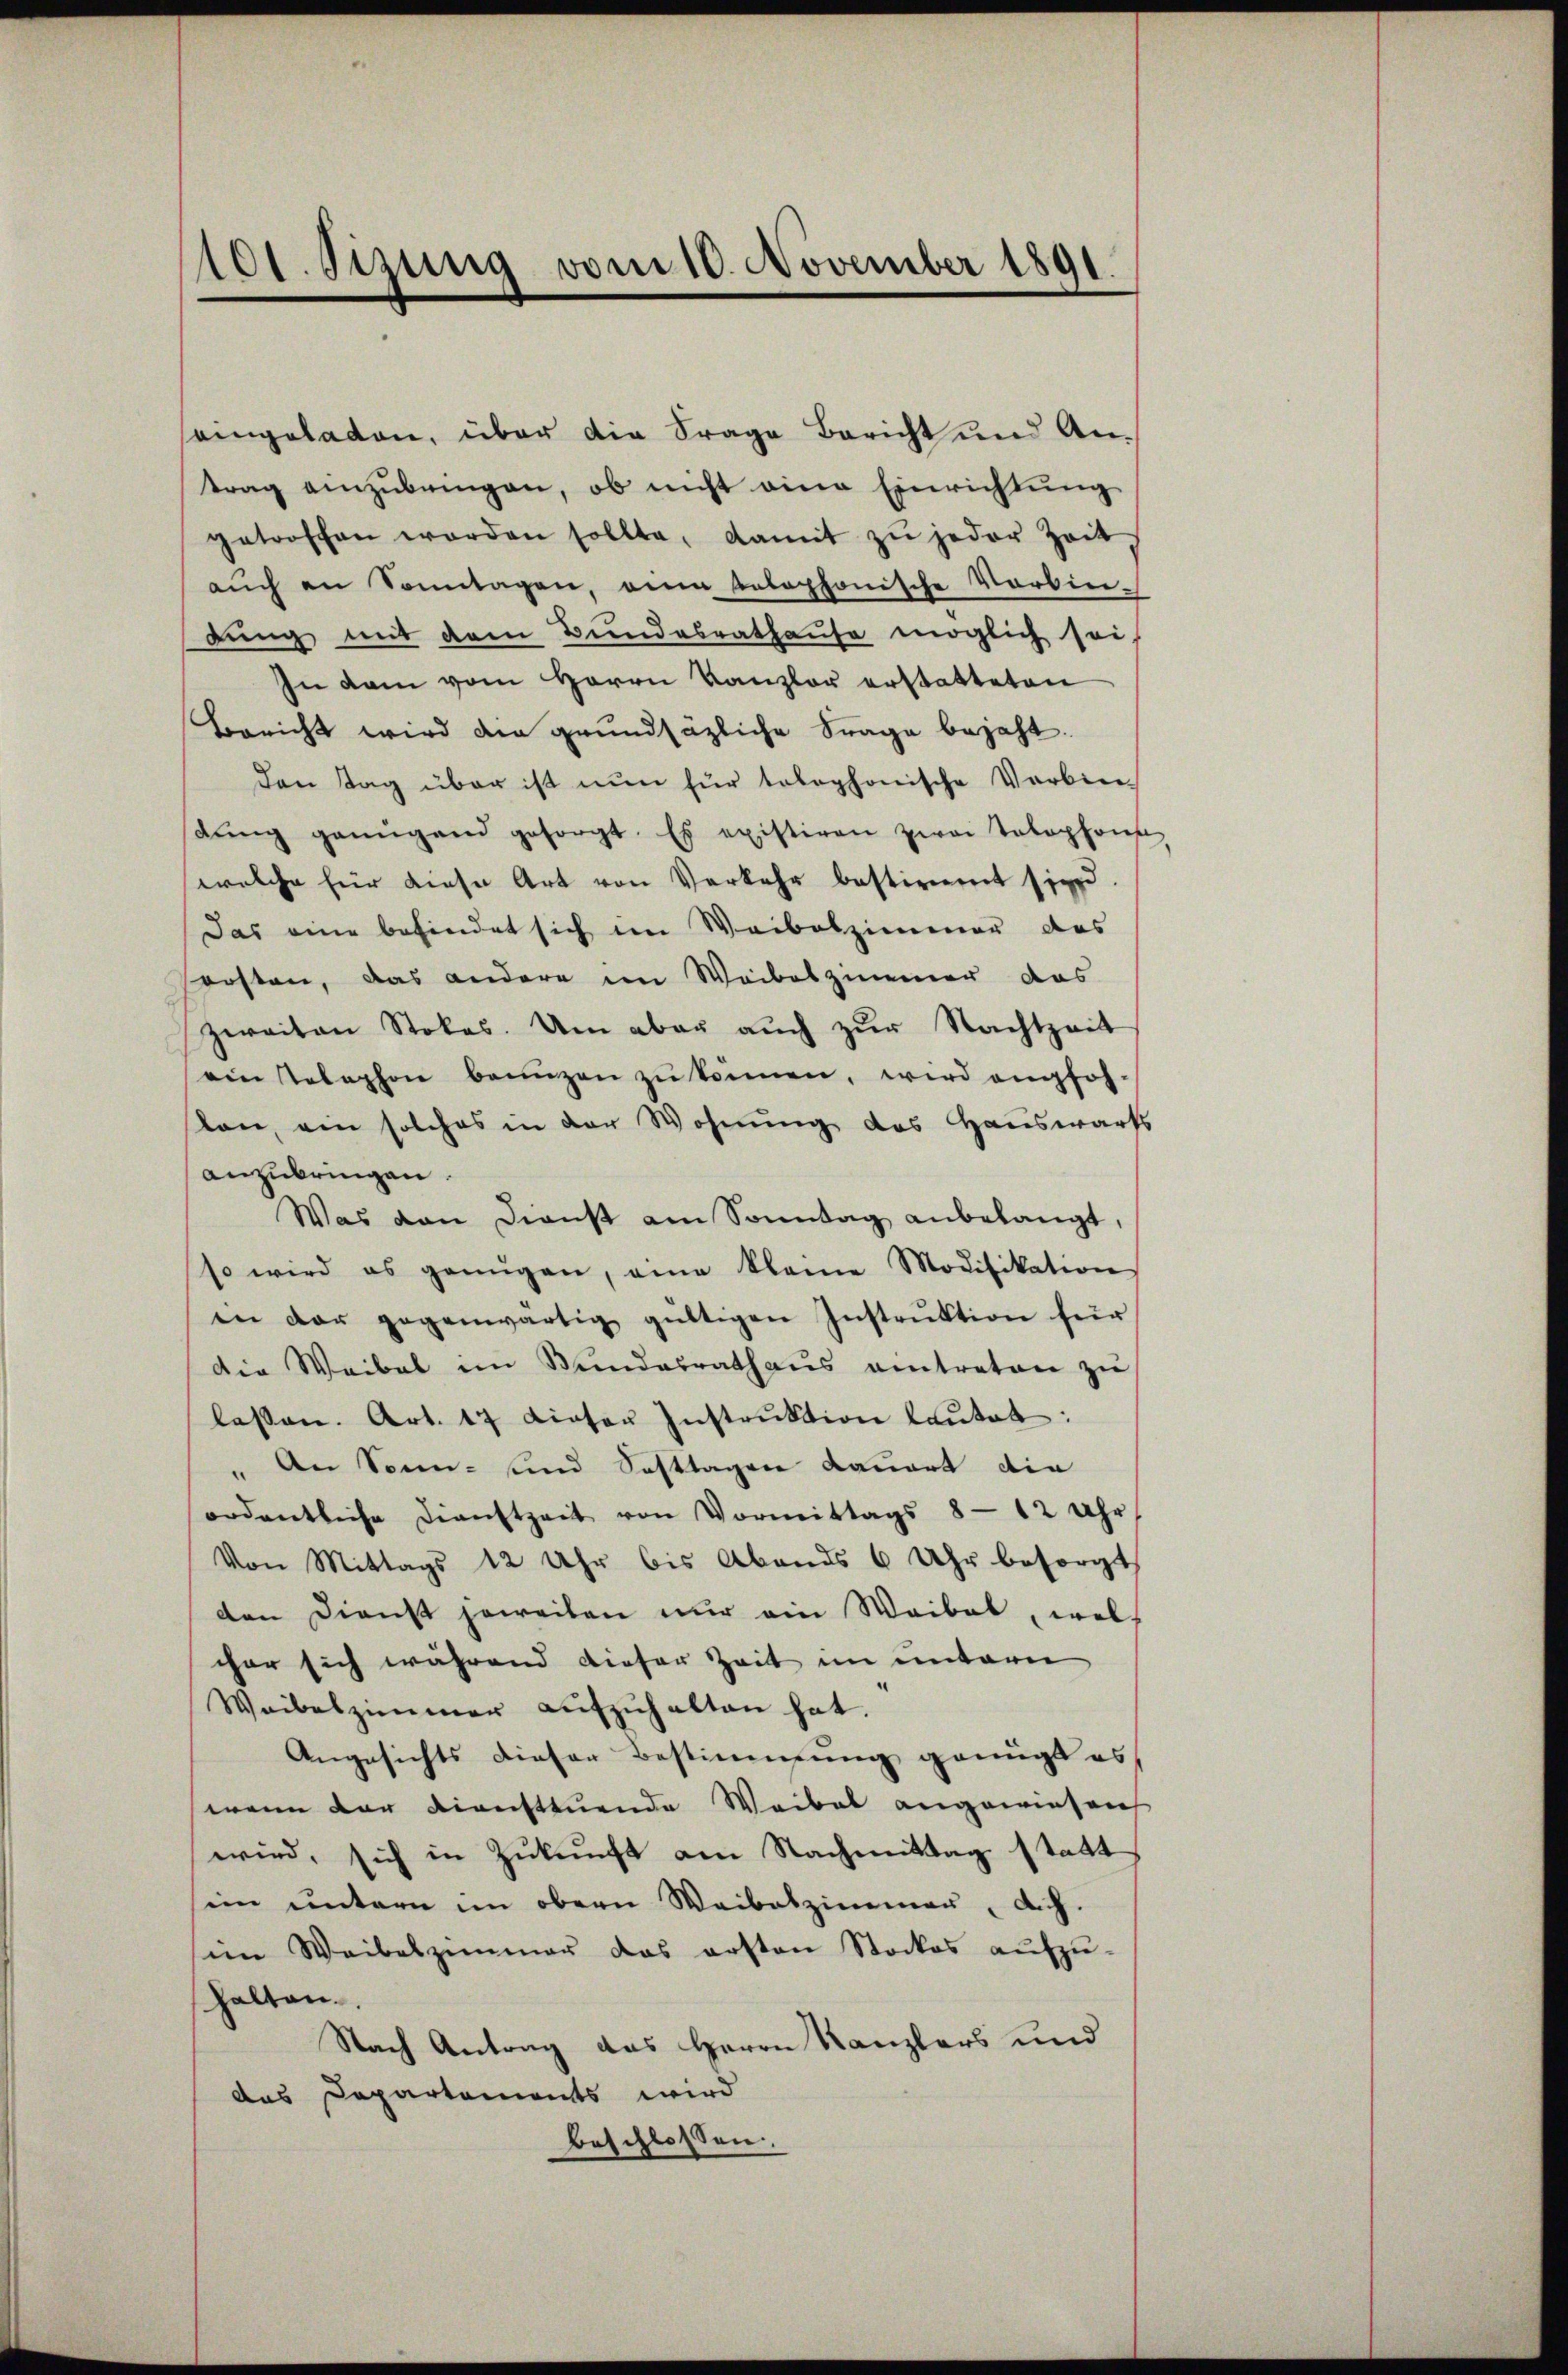
101. Sezung vom 10. November 1891.

eingeladen, über die Frage Bericht und Antrag anzŭbringen, ob nicht eine Einrichtung
getroschen worden sollte, damit zŭ jeder Zeit,
aŭch an Sonntagen, ain telephonische Vorbin-
dung mit dem Bundesrathause möglich sei,
In dem vom Herrn Kanzler erstatteten
Bericht wird die grundsätzliche Frage bejaht.
Den Tag über ist nun für telephonische Verbie-
dŭng genügend gesorgt. Es existiren zwei Telephons
welche für diese Art von Verkehr bestimmt sind.
Das eine befindet sich im Weibolzimmer das
sersten, das andere im Weibeszimmer das
zweiten Stokes. Um aber aŭch zŭr Nachtzeit
ein telephon beunzen zŭ können, wird empfoh-
ston, ein solches in der Wohnung des Hauswärts
anzubringen.
Was dan Dienst am Sonntag anbelangt,
so wird es genügen, eine kleine Modifikation
in der gegenwärtig gültigen Instrŭktion für
Die Weibel im Bŭndesrath aŭs eintreten zŭ
lassen. Art. 17 dieser Instrŭktion laŭtet:
" An Sonn- und Fasttagen dauert die
ordentliche Dienstzeit von Vormittags 8 - 12 Uhr
Von Mittags 12 Uhr bis Abends 6 Uhr besorgt
den Dienst jeweiben nur ein Waibel, wel
cher sich während dieser Zeit im untern
Waibelzimmer aŭfzŭhalten hat.
Angesichts dieser Bestimmung genügt es,
wenn der diensttuende Waibel angewiesen
wird, sich in Zukunft am Nachmittag statt
im untern im obern Waibelzimmen, dich.
im Weibelzimmer das ersten Stockes aŭfzŭ-
halten.
Nach Antrag das Herrn Kanzlers und
das Departements wird
beschlossen: